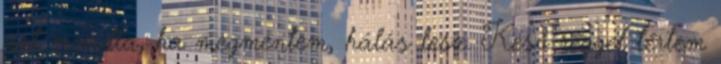
azt mondta, ha megmentem, hálás lesz. Késő reggel tértem